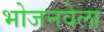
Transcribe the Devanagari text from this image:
भोजनवेला